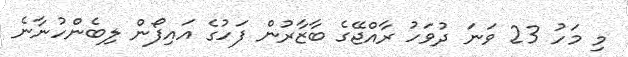
މި މަހު 23 ވަނަ ދުވަހު ރާއްޖޭގެ ބާޒާރުން ފަހުގެ އައިފޯން ލިބެންހުނާނެ